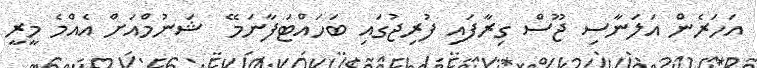
އަހަރެން އަލަނާސި ޖޫސް ގިރާފައި ފުރިޖުގައި ބަހައްޓަފާނަމޭ  ޝަނުމްއަށް އެއްމެ މީރީ